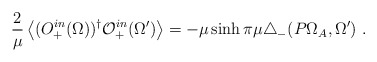
\begin{align*}\frac{2}{\mu}\left<(O_{+}^{in}(\Omega))^{\dag}\mathcal{O}_+^{in}(\Omega')\right>=-\mu\sinh\pi\mu\triangle_-(P\Omega_A,\Omega') \ .\end{align*}